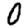
Digit: 0